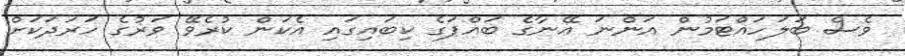
ވެސް ބަލަހައްޓަމުން އަންނަ އޭނާގެ ބައްޕަގެ ކިބައިގައި އެކަން ކުރެވޭ ވަރުގެ ހަރަދަކަށް